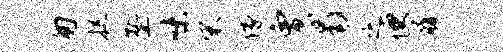
匆捉塾味宋像贾曷之便履